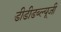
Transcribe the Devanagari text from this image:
डीडीडब्ल्यूजी